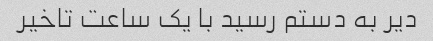
دیر به دستم رسید با یک ساعت تاخیر